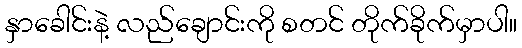
နှာခေါင်းနဲ့ လည်ချောင်းကို စတင် တိုက်ခိုက်မှာပါ။